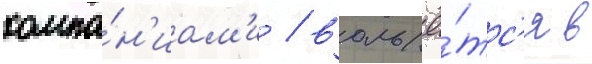
компа́н'иам'и / вольё́тс'я в